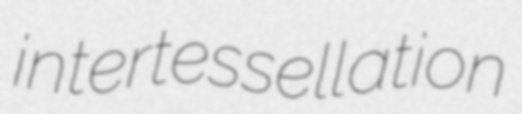
intertessellation